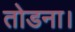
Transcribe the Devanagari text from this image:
तोडना।